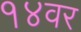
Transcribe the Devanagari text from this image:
१४वर